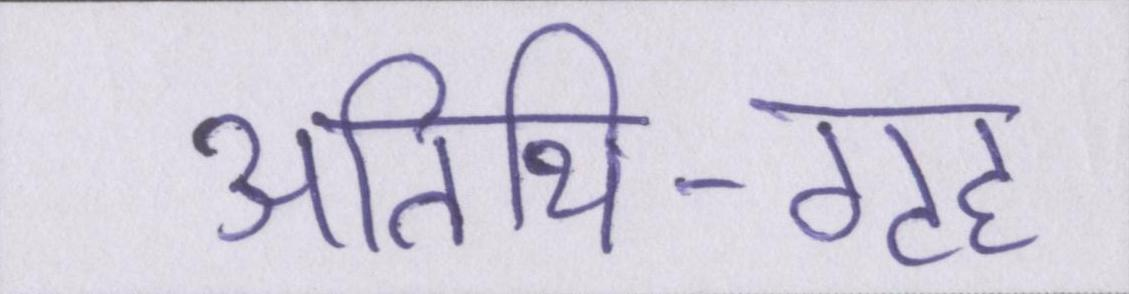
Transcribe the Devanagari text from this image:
अतिथि-गृह